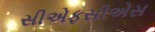
સીએફસીએસ